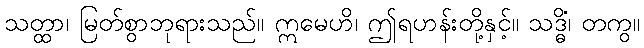
သတ္ထာ၊ မြတ်စွာဘုရားသည်။ ဣမေဟိ၊ ဤရဟန်းတို့နှင့်။ သဒ္ဓိံ၊ တကွ။